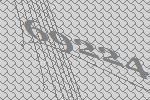
69224